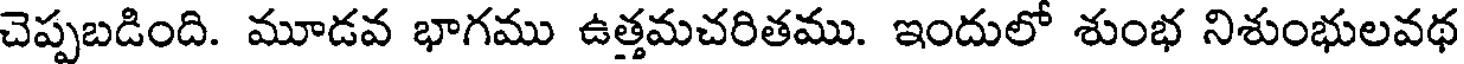
చెప్పబడింది. మూడవ భాగము ఉత్తమచరితము. ఇందులో శుంభ నిశుంభులవథ